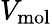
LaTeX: V_{\mathrm{mol}}